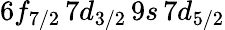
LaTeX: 6f_{7/2}\, 7d_{3/2}\, 9s\, 7d_{5/2}